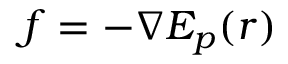
f = - \nabla E _ { p } ( r )